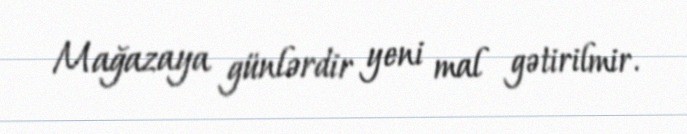
Mağazaya günlərdir yeni mal gətirilmir.